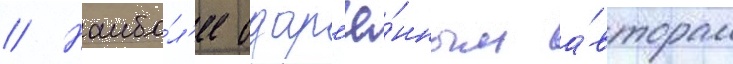
// Наибо́л'ее одар'ё́нным а́вторам